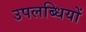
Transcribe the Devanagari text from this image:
उपलब्‍धियों